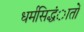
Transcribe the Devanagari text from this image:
धर्मसिद्धंातों